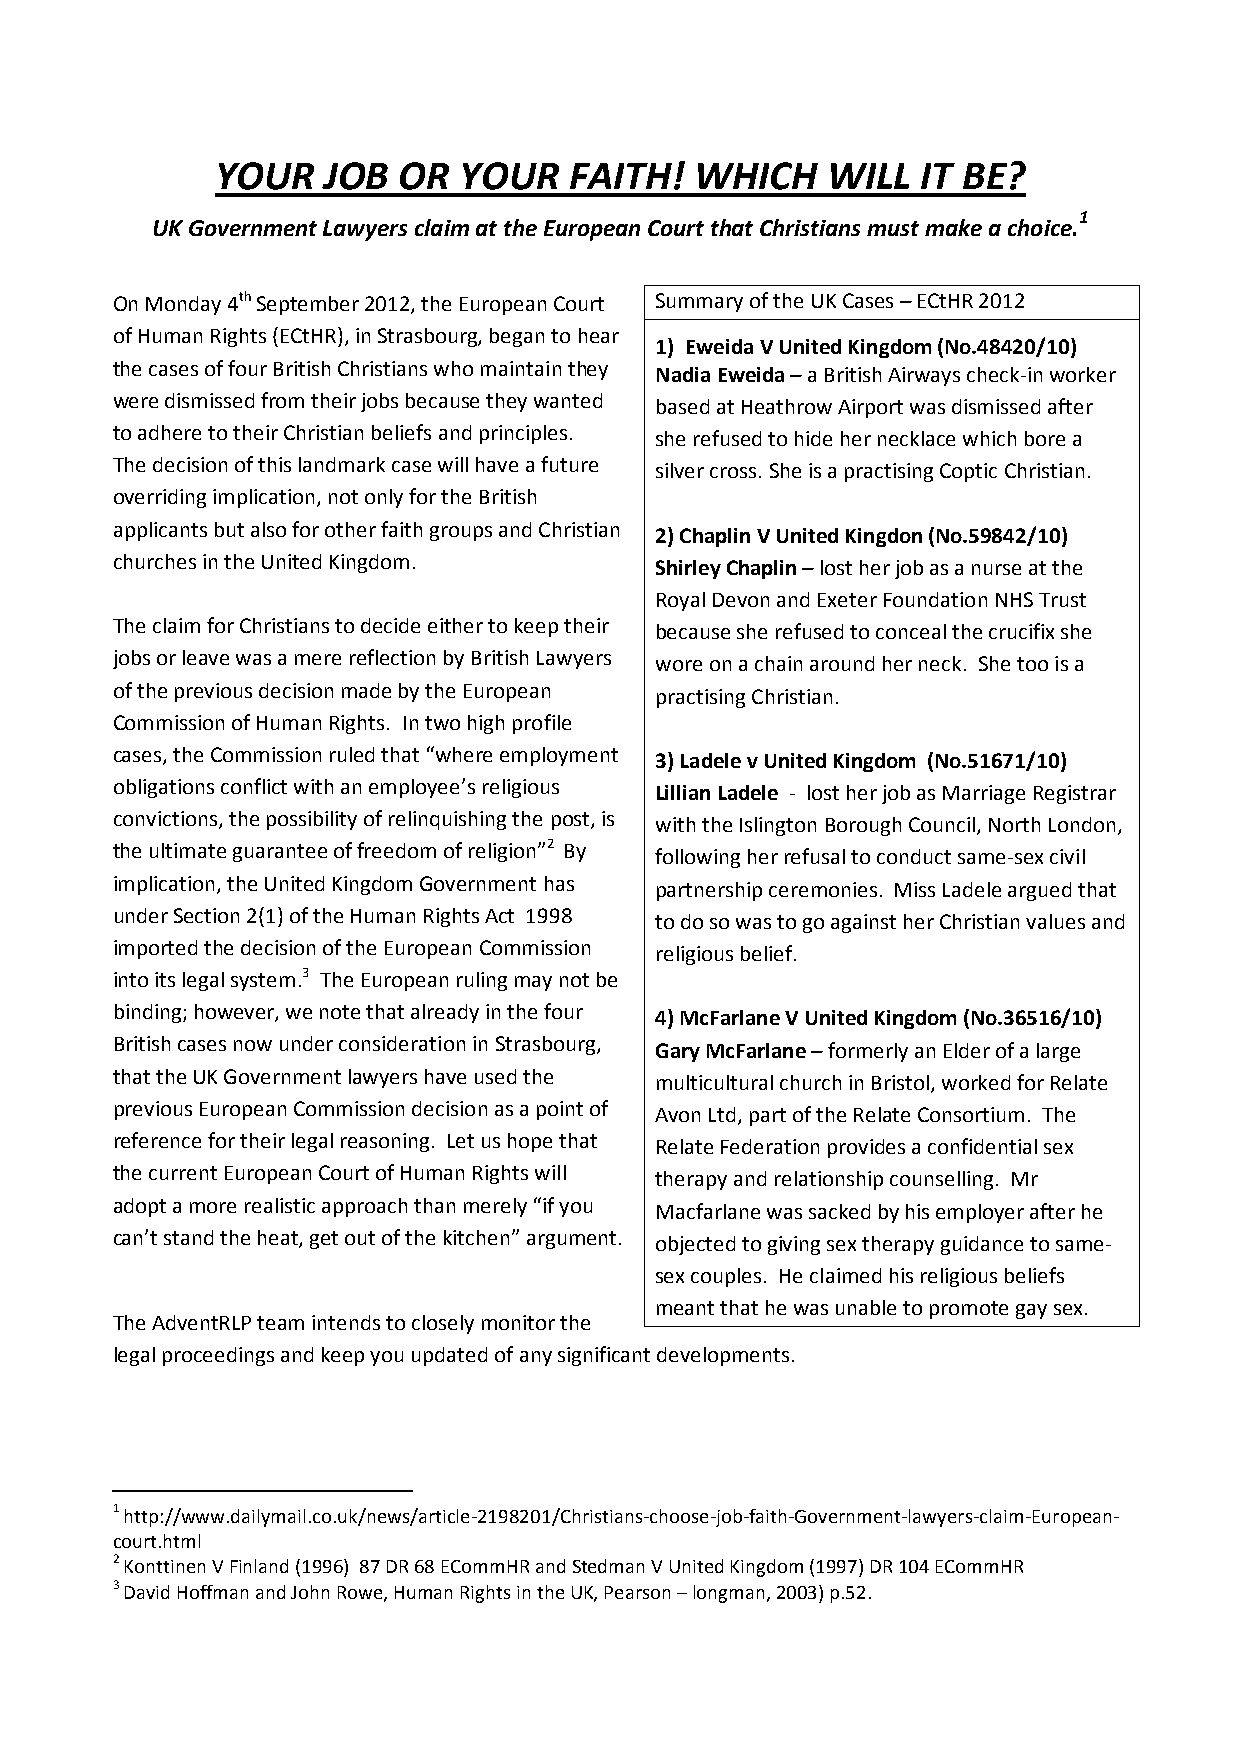
YOUR    JOB OR  YOUR    FAITH!  WHICH    WILL  IT BE?
 UK Government Lawyers claim at the European Court that Christians must make a
 choice.1
 On Monday 4th September 2012, the European Court Summary of the UK Cases – ECtHR 2012
 of Human Rights (ECtHR), in Strasbourg, began to hear
 1) Eweida V United Kingdom (No.48420/10)
 the cases of four British Christians who maintain they Nadia Eweida – a British Airways check-in worker
 were dismissed from their jobs because they wanted based at Heathrow Airport was dismissed after
 to adhere to their Christian beliefs and principles. she refused to hide her necklace which bore a
 The decision of this landmark case will have a future silver cross. She is a practising Coptic Christian.
 overriding implication, not only for the British
 applicants but also for other faith groups and Christian 2) Chaplin V United Kingdon (No.59842/10)
 churches in the United Kingdom.     Shirley Chaplin – lost her job as a nurse at the
 Royal Devon and Exeter Foundation NHS Trust
 The claim for Christians to decide either to keep their because she refused to conceal the crucifix she
 jobs or leave was a mere reflection by British Lawyers wore on a chain around her neck. She too is a
 of the previous decision made by the European practising Christian.
 Commission of Human Rights. In two high profile
 cases, the Commission ruled that “where employment 3) Ladele v United Kingdom (No.51671/10)
 obligations conflict with an employee’s religious Lillian Ladele - lost her job as Marriage Registrar
 convictions, the possibility of relinquishing the post, is with the Islington Borough Council, North London,
 the ultimate guarantee of freedom of religion”2 By following her refusal to conduct same-sex civil
 implication, the United Kingdom Government has partnership ceremonies. Miss Ladele argued that
 under Section 2(1) of the Human Rights Act 1998 to do so was to go against her Christian values and
 imported the decision of the European Commission religious belief.
 into its legal system.3 The European ruling may not be
 binding; however, we note that already in the four 4) McFarlane V United Kingdom (No.36516/10)
 British cases now under consideration in Strasbourg, Gary McFarlane – formerly an Elder of a large
 that the UK Government lawyers have used the multicultural church in Bristol, worked for Relate
 previous European Commission decision as a point of Avon Ltd, part of the Relate Consortium. The
 reference for their legal reasoning. Let us hope that Relate Federation provides a confidential sex
 the current European Court of Human Rights will therapy and relationship counselling. Mr
 adopt a more realistic approach than merely “if you Macfarlane was sacked by his employer after he
 can’t stand the heat, get out of the kitchen” argument. objected to giving sex therapy guidance to same-
 sex couples. He claimed his religious beliefs
 meant that he was unable to promote gay sex.
 The AdventRLP team intends to closely monitor the
 legal proceedings and keep you updated of any significant developments.
 1 http://www.dailymail.co.uk/news/article-2198201/Christians-choose-job-faith-Government-lawyers-claim-European-
 court.html
 2 Konttinen V Finland (1996) 87 DR 68 ECommHR and Stedman V United Kingdom (1997) DR 104 ECommHR
 3 David Hoffman and John Rowe, Human Rights in the UK, Pearson – longman, 2003) p.52.